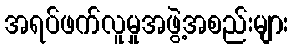
အရပ်ဖက်လူမှုအဖွဲ့အစည်းများ